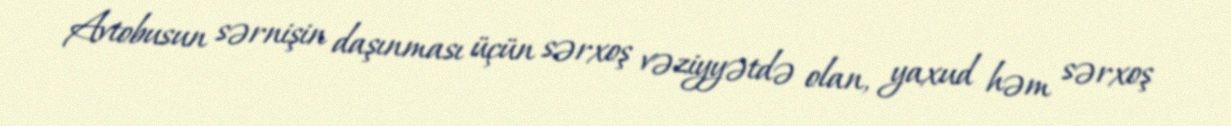
Avtobusun sərnişin daşınması üçün sərxoş vəziyyətdə olan, yaxud həm sərxoş